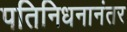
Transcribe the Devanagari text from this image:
पतिनिधनानंतर